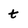
Character: t